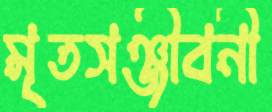
মৃতসঞ্জীবনী